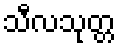
သီလသုတ္တ